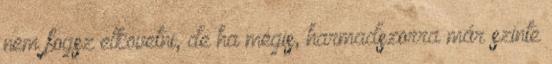
nem fogsz elkövetni, de ha mégis, harmadszorra már szinte